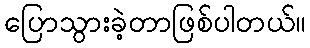
ပြောသွားခဲ့တာဖြစ်ပါတယ်။